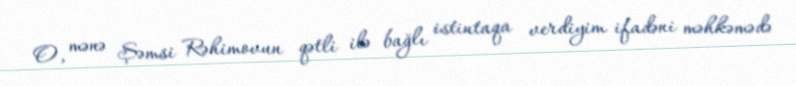
O, mənə Şəmsi Rəhimovun qətli ilə bağlı istintaqa verdiyim ifadəni məhkəmədə